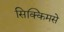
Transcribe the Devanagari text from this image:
सिक्किमसे